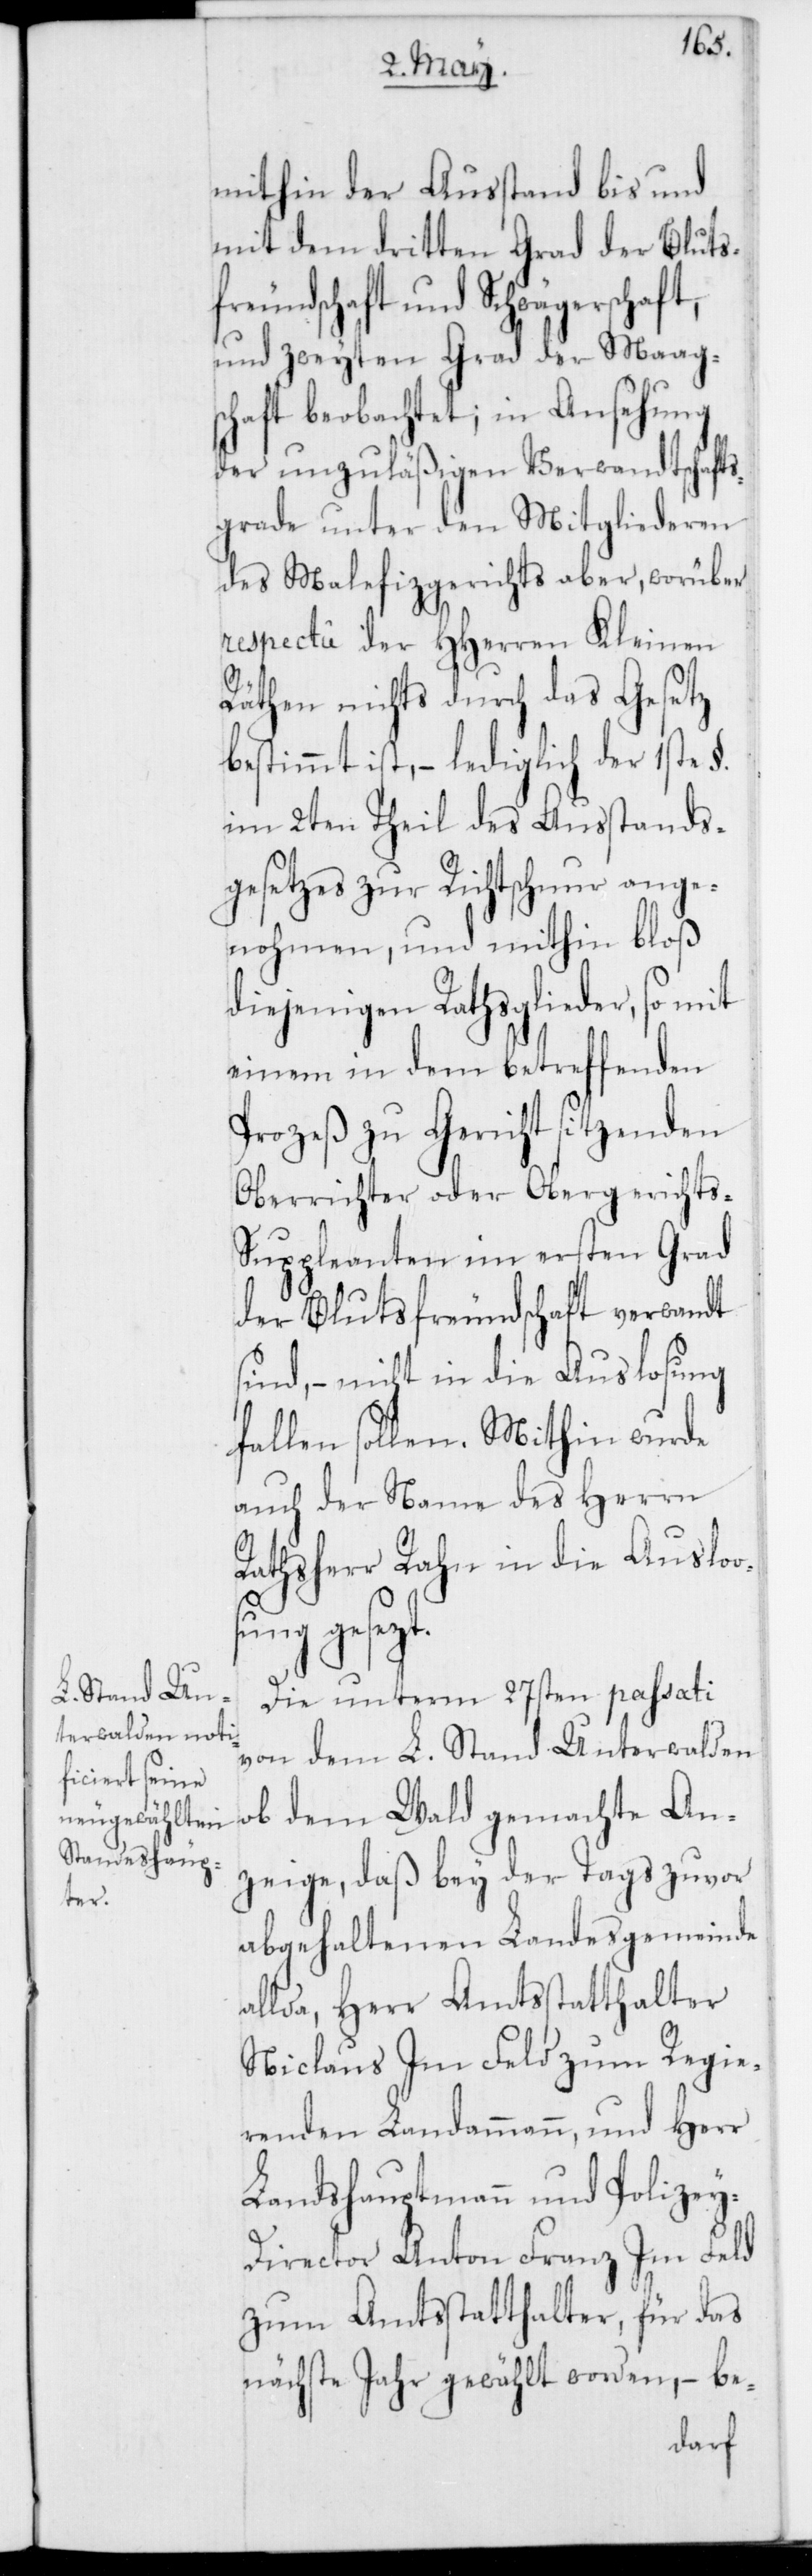
mithin der Ausstand bis und
mit dem dritten Grad der Bluts¬
freundschaft und Schwägerschaft,
und zweyten Grad der Maag¬
schaft beobachtet; in Ansehung
der unzuläßigen Verwandtschaft¬
sgrade unter den Mitgliederen
des Malefizgerichts aber, worüber
respectu der HHerren Kleinen
Räthen nichts durch das Gesetz
bestimmt ist, – lediglich der 1ste §.
im 2ten Theil des Ausstands¬
gesetzes zur Richtschnur ange¬
nohmen, und mithin bloß
diejenigen Rathsglieder, so mit
einem in dem betreffenden
Prozeß zu Gericht sitzenden
Oberrichter oder Obergerichts-S¬
uppleanten im ersten Grad
der Blutsfreunschaft verwandt
sind, – nicht in die Auslosung
fallen sollen. Mithin wurde
auch der Name des Herrn
Rathsherr Rahn in die Ausloo¬
sung gesezt.
Die unterm 27sten passati
von dem L. Stand Unterwalden
ob dem Wald gemachte An¬
zeige, daß bey der Tags zuvor
abgehaltenen Landsgemeinde
allda, Herr Amtsstatthalter
Niclaus Im Feld zum regie¬
renden Landammann, und Herr
Landshauptmann und Polize¬
y-Director Anton Franz Im Feld
zum Amtsstatthalter, für das
nächste Jahr gewählt worden, – be-